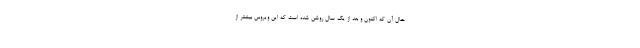
حال آن که اکنون و بعد از یک سال روشن شده است که این ویروس بیشتر از